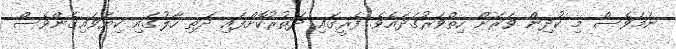
ނަމަވެސް މި ކުދިން ވަރަށް ހިތްވަރުގަދައެވެ. ފެރީގައި ދަތުރުކޮށްފައި ދަތި ހާލުގައި ކިޔަވައިގެންވެސް